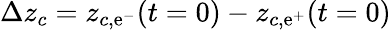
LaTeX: \Delta z_{c}=z_{c,\mathrm{e}^{-}}(t=0)-z_{c,\mathrm{e}^{+}}(t=0)